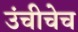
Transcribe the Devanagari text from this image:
उंचीचेच